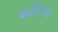
શકિલા